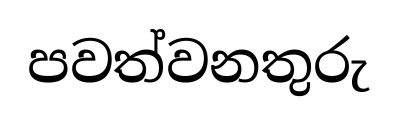
පවත්වනතුරු